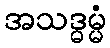
အသဒ္ဓမ္မံ